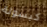
كبسولة